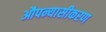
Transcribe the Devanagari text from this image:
औपन्यासीकरण